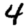
Digit: 4